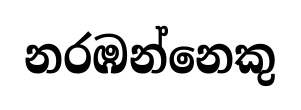
නරඹන්නෙකු